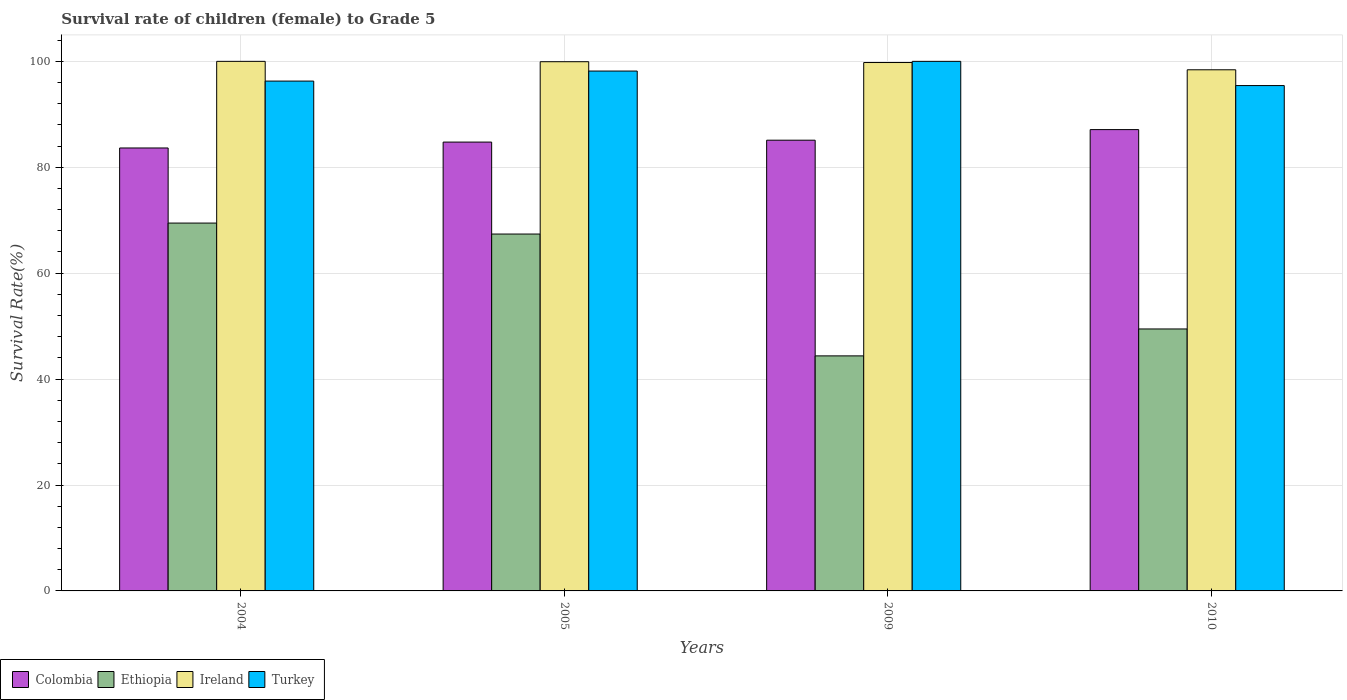
| Years | Colombia | Ethiopia | Ireland | Turkey |
 | --- | --- | --- | --- | --- |
 | 2004 | 83.6 | 69.5 | 100 | 96.3 |
 | 2005 | 84.8 | 67.4 | 99.9 | 98.2 |
 | 2009 | 85.1 | 44.4 | 99.8 | 100 |
 | 2010 | 87.1 | 49.5 | 98.4 | 95.4 |